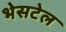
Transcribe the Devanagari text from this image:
भेसटेल